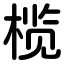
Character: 榄